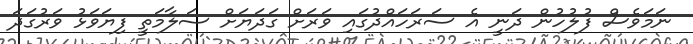
ނަމަވެސް ފުލުހުން ދަނީ އެ ސަރަހައްދުގައި ވަރަށް ގަދަޔަށް ސަލާމަތީ ފިޔަވަޅު ވަރުގަދަ